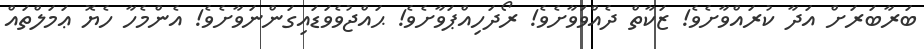
ބަރާބަރަށް އަދާ ކުރައްވާށެވެ! ޒަކާތް ދެއްވަވާށެވެ! ރޯދަހިއްޕަވާށެވެ! ޙައްޖުވެވަޑައިގަންނަވާށެވެ! އެންމެހާ ހެޔޮ ޢަމަލްތައް